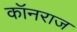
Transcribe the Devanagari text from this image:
कॉनराज